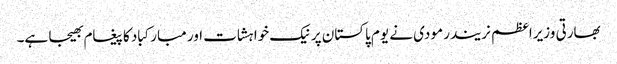
بھارتی وزیراعظم نریندر مودی نے یوم پاکستان پر نیک خواہشات اور مبارکباد کا پیغام بھیجا ہے۔